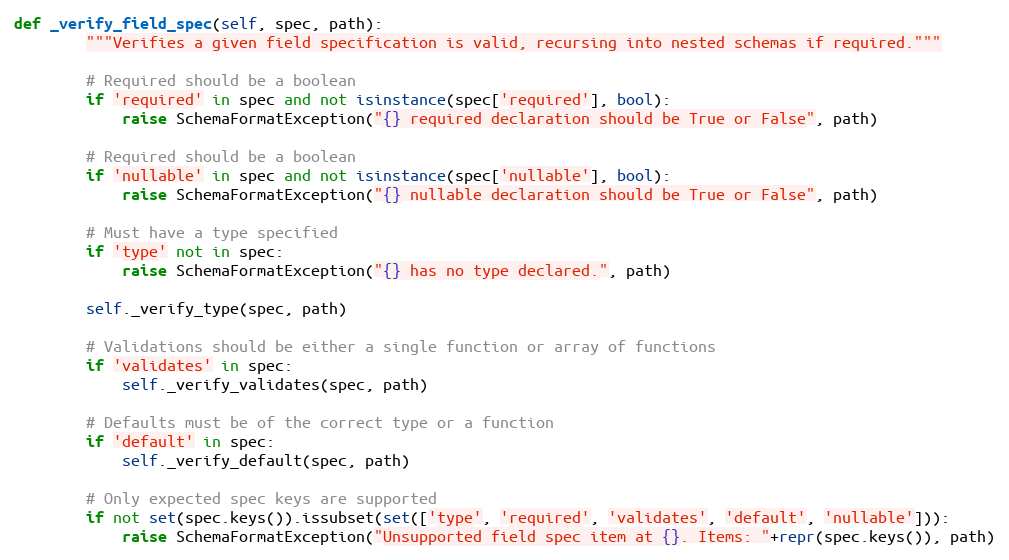
Language: Python
def _verify_field_spec(self, spec, path):
        """Verifies a given field specification is valid, recursing into nested schemas if required."""

        # Required should be a boolean
        if 'required' in spec and not isinstance(spec['required'], bool):
            raise SchemaFormatException("{} required declaration should be True or False", path)

        # Required should be a boolean
        if 'nullable' in spec and not isinstance(spec['nullable'], bool):
            raise SchemaFormatException("{} nullable declaration should be True or False", path)

        # Must have a type specified
        if 'type' not in spec:
            raise SchemaFormatException("{} has no type declared.", path)

        self._verify_type(spec, path)

        # Validations should be either a single function or array of functions
        if 'validates' in spec:
            self._verify_validates(spec, path)

        # Defaults must be of the correct type or a function
        if 'default' in spec:
            self._verify_default(spec, path)

        # Only expected spec keys are supported
        if not set(spec.keys()).issubset(set(['type', 'required', 'validates', 'default', 'nullable'])):
            raise SchemaFormatException("Unsupported field spec item at {}. Items: "+repr(spec.keys()), path)